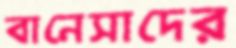
বানেসাদের